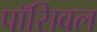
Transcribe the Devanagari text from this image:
पॉसिबल